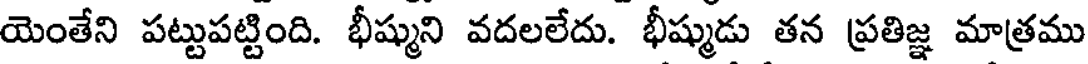
యెంతేని పట్టుపట్టింది. భీష్ముని వదలలేదు. భీష్ముడు తన ప్రతిజ్ఞ మాత్రము